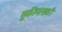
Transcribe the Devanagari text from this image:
सुकीमासळी